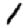
Digit: 1